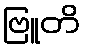
ဗြူတိ